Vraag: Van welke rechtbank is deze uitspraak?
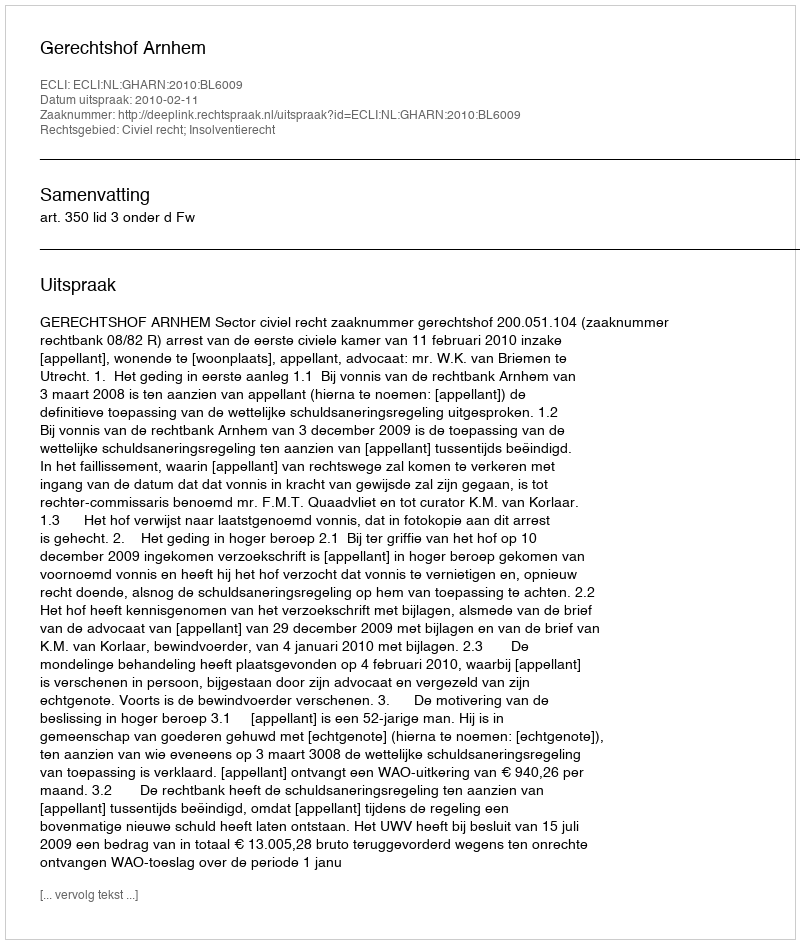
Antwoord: Gerechtshof Arnhem